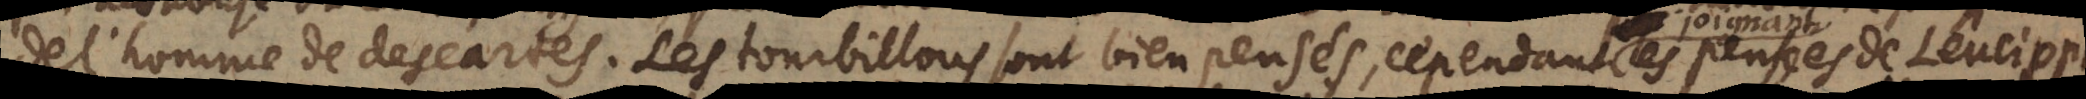
de l’homme de des Cartes. Les tourbillons sont bien pensés, cependant les pensées de Leucippus